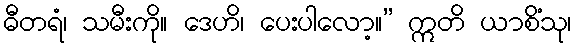
ဓီတရံ၊ သမီးကို။ ဒေဟိ၊ ပေးပါလော့။” ဣတိ ယာစိံသု၊